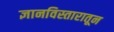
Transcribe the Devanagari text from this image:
ज्ञानविस्तारातून